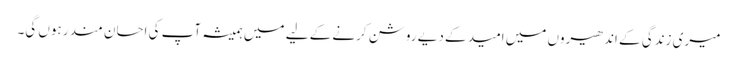
میری زندگی کے اندھیروں میں امید کے دیے روشن کرنے کے لیے میں ہمیشہ آپ کی احسان مند رہوں گی۔